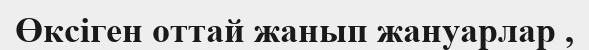
Өксіген оттай жанып жануарлар ,